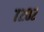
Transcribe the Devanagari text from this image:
७२०२